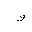
Letter: _waw